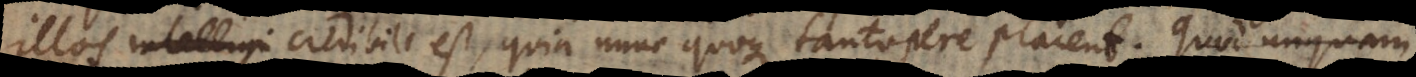
illos credibile est, quia nunc quoque tantopere placent. Quod unquam